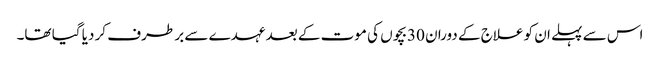
اس سے پہلے ان کو علاج کے دوران 30بچوں کی موت کے بعد عہدے سے بر طرف کر دیا گیا تھا۔